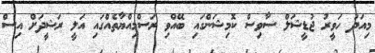
މިއަދު ހަވީރު ޖުޑީޝަލް ސާވިސް ކޮމިޝަންގައި ބޭއްވި ރަސްމިއްޔާތެއްގައި އަލީ ރަޝީދަށް އިސް